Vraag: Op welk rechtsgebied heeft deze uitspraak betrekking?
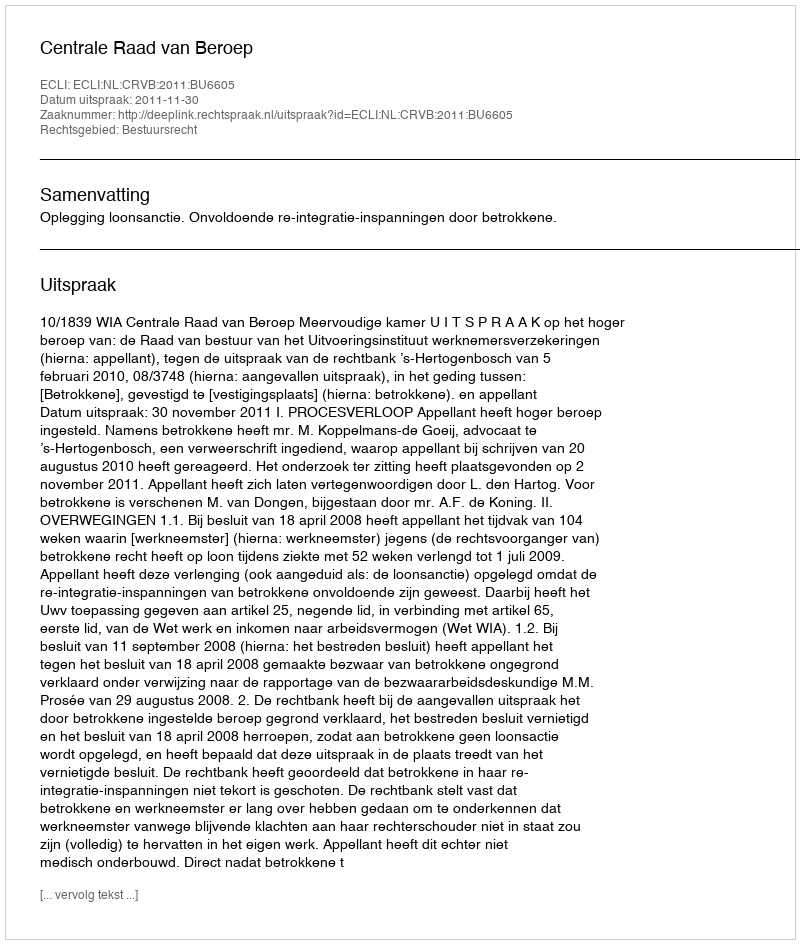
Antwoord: Bestuursrecht